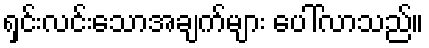
ရှင်းလင်းသောအချက်များ ပေါ်လာသည်။